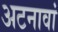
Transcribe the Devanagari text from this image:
अटनावां